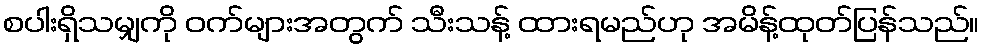
စပါးရှိသမျှကို ဝက်များအတွက် သီးသန့် ထားရမည်ဟု အမိန့်ထုတ်ပြန်သည်။